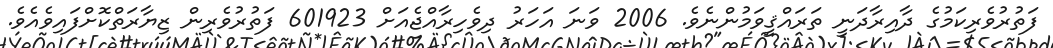
ފަތުރުވެރިކަމުގެ ދާއިރާދަނީ ތަރައްޤީވަމުންނެވެ. 2006 ވަނަ އަހަރު ދިވެހިރާއްޖެއަށް 601923 ފަތުރުވެރިން ޒިޔާރަތްކޮށްފައިވެއެވެ.